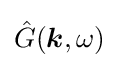
{\hat {G}}({\boldsymbol {k}},\omega )